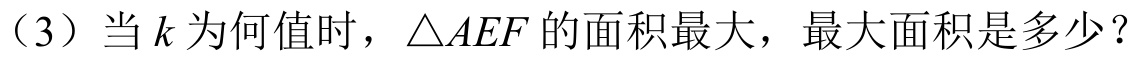
（3）当$k$为何值时，$\triangle AEF$的面积最大，最大面积是多少？